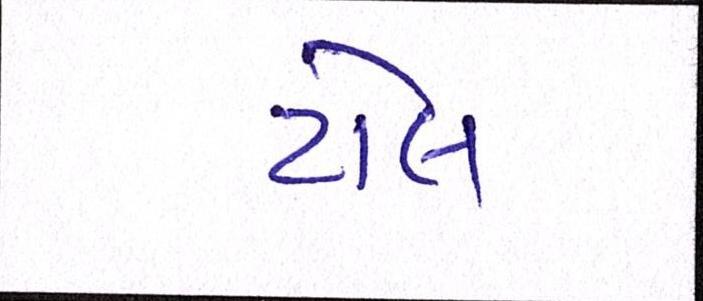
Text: ટોલ